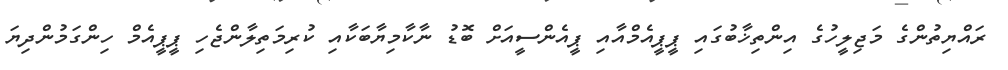
ރައްޔިތުންގެ މަޖިލީހުގެ އިންތިޚާބުގައި ޕީޕީއެމްއާއި ޕީއެންސީއަށް ބޮޑު ނާކާމިޔާބަކާއި ކުރިމަތިލާންޖެހި ޕީޕީއެމް ހިންގަމުންދިޔަ